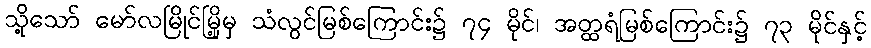
သို့သော် မော်လမြိုင်မြို့မှ သံလွင်မြစ်ကြောင်း၌ ၇၄ မိုင်၊ အတ္ထရံမြစ်ကြောင်း၌ ၇၃ မိုင်နှင့်